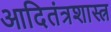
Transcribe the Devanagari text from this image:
आदितंत्रशास्त्र